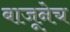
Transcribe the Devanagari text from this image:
बाजूनेच